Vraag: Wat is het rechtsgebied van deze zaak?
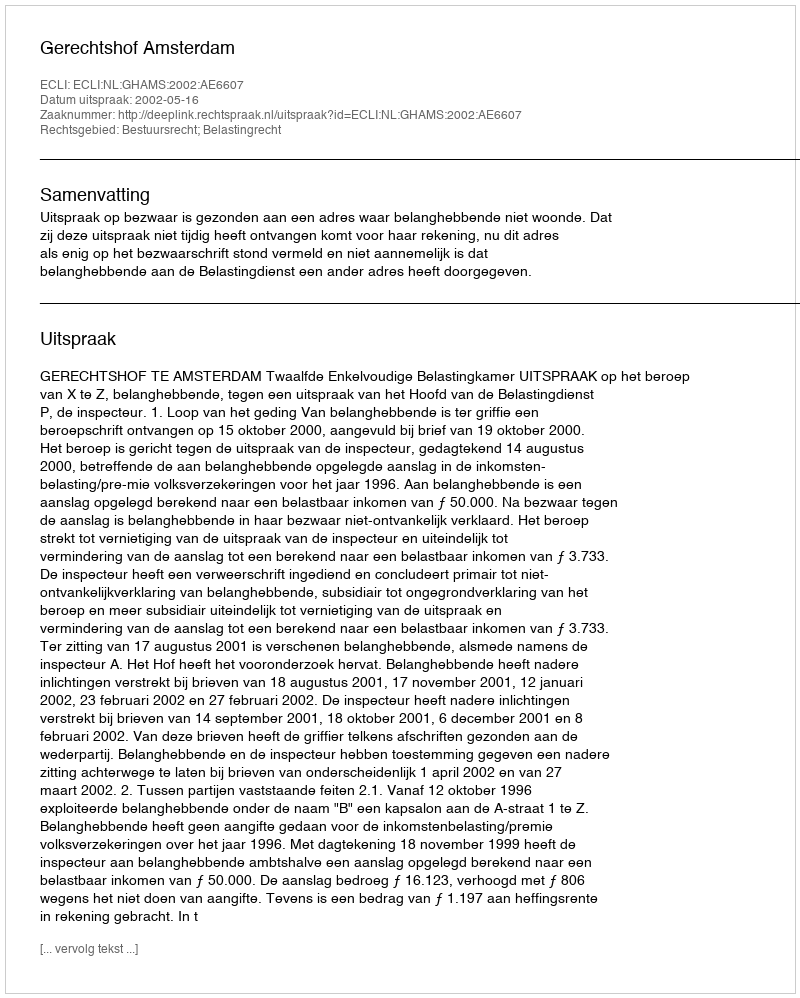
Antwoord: Bestuursrecht; Belastingrecht